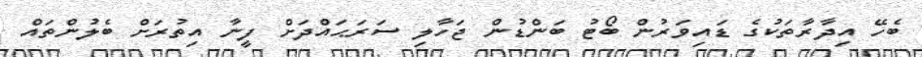
ބެހޭ އިދާރާތަކުގެ ޑައިވަރުން ބޯޓު ބަންޑުން ޖަހާލި ސަރަޙައްދަށް ފީނާ އިތުރަށް ބެލުންތައް